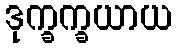
ဒုက္ခက္ခယာယ